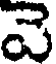
వె